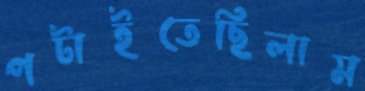
পটাইতেছিলাম